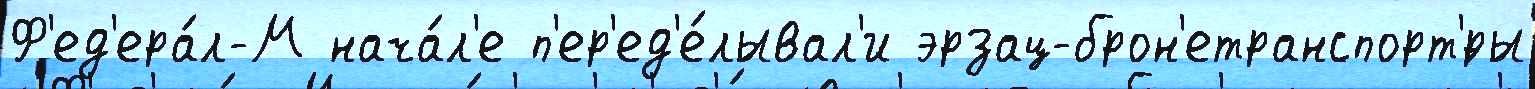
Ф'ед'ера́л-М нача́л'е п'ер'ед'е́лывал'и эрзац-брон'етранспорт'́ры